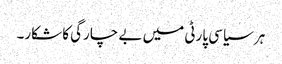
ہر سیاسی پارٹی میں بے چارگی کا شکار۔